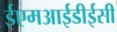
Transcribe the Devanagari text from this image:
ईएमआईडीईसी